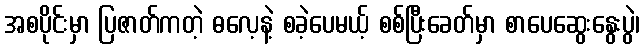
အစပိုင်းမှာ ပြဇာတ်ကတဲ့ ဓလေ့နဲ့ စခဲ့ပေမယ့် စစ်ပြီးခေတ်မှာ စာပေဆွေးနွေးပွဲ၊